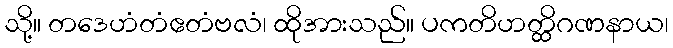
သို့။ တဒေဟံတံဧတံဗလံ၊ ထိုအားသည်။ ပကတိဟတ္ထိဂဏနာယ၊